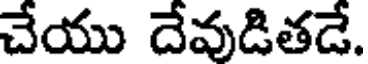
చేయు దేవుడితడే.